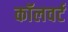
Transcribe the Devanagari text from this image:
कॉलवर्ट